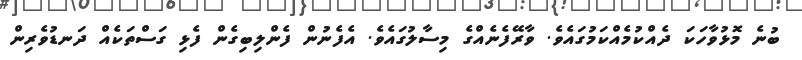
ބުނެ މޮޅުވާހަކަ ދެއްކުމެއްކަމުގައެވެ. ވާރޭފެނެއްގެ މިސާލުގައެވެ. އެފެނުން ފެންލިބިގެން ފެޅި ގަސްތަކެއް ދަނޑުވެރިން